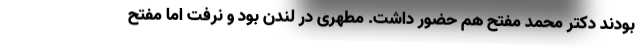
بودند دکتر محمد مفتح هم حضور داشت. مطهری در لندن بود و نرفت اما مفتح